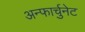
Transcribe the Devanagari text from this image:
अन्फार्चुनेट